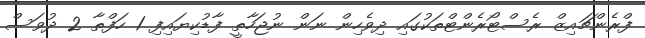
ފްރެންޗައިޒް ރެސްޓޯރެންޓްތަކުގައި ދިވެހިން ނަން ނުޖަހާތީ ފާޑުކިޔައިފި 1 ހަފްތާ 2 ދުވަސް